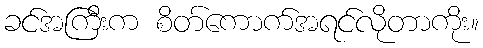
ခင်အကြီးက စိတ်ကောက်အရင်လိုတာကိုး။